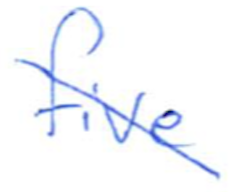
Text: five
Cross-out: mix
Writing tool: ballpoint